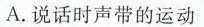
A.说话时声带的运动